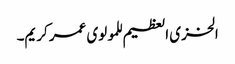
الخزی العظیم للمولوی عمر کریم۔